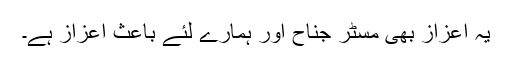
یہ اعزاز بھی مسٹر جناح اور ہمارے لئے باعثِ اعزاز ہے۔